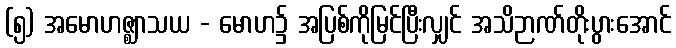
(၅) အမောဟဇ္ဈာသယ - မောဟ၌ အပြစ်ကိုမြင်ပြီးလျှင် အသိဉာဏ်တိုးပွားအောင်